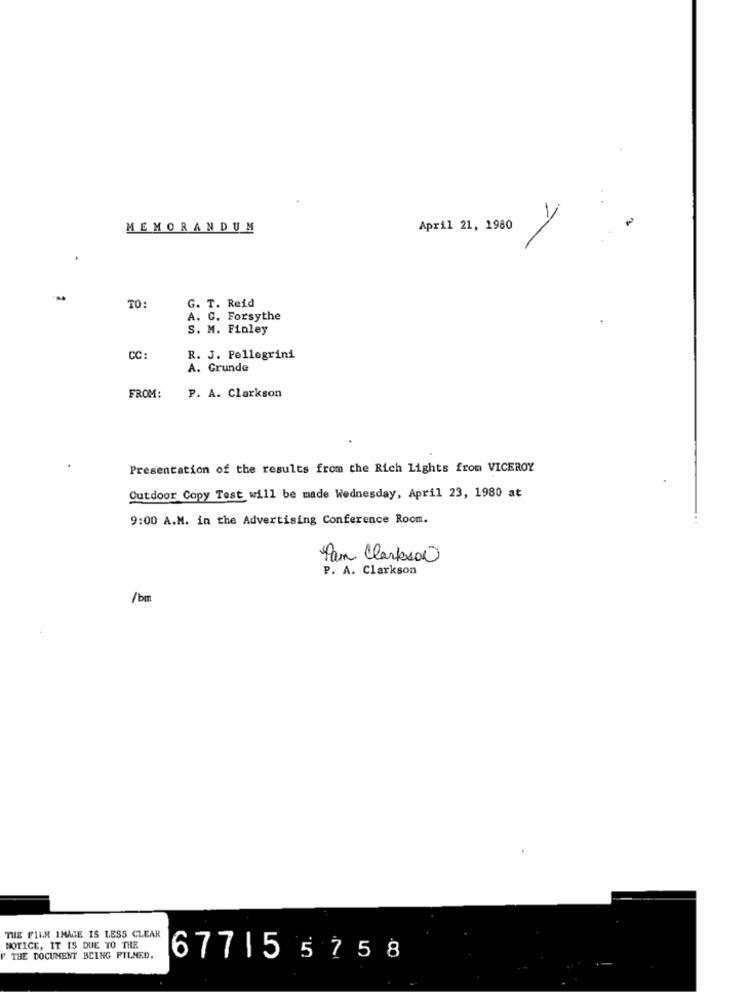
MEMORANDUM
April 21, 1980
TO:
G. T. Reid
A. C. Forsythe
S. M. Finley
CC:
R. J. Pellegrini
A. Grunde
FROM:
P. A. Clarkson
Presentation of the results from the Rich Lights from VICEROY
Outdoor Copy Test will be made Wednesday, April 23, 1980 at
9:00 A.M. in the Advertising Conference Room.
Pan Clarkson
P. A. Clarkson
/bm
THE FILM IMAGE IS LESS CLEAR
NOTICE, IT IS DUE TO THE
THE DOCUMENT BCING FILMED.
677155758